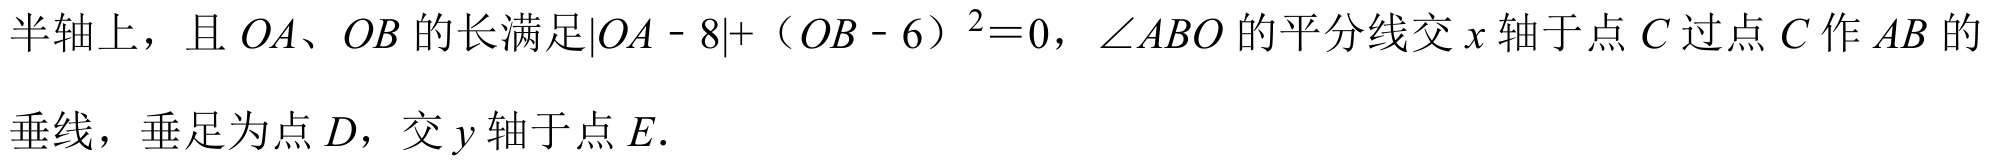
半轴上，且 \(OA、OB\) 的长满足\(\vert OA - 8\vert+（OB - 6）^{2}=0\)，\(\angle ABO\) 的平分线交 \(x\) 轴于点 \(C\) 过点 \(C\) 作 \(AB\) 的
垂线，垂足为点 \(D\)，交 \(y\) 轴于点 \(E\).